Document type: Sale
Year: 1355
Scribe: Pere Borrell
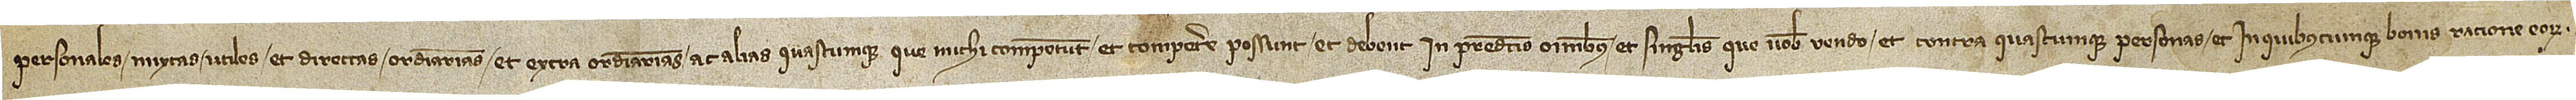
personales, mixtas, utiles et directas, ordinarias et extra ordinarias ac alias quascumque que michi competunt et competere possunt et debent in predictis omnibus et singulis que vobis vendo et contra quascumque personas et in quibuscumque bonis ratione eorum.